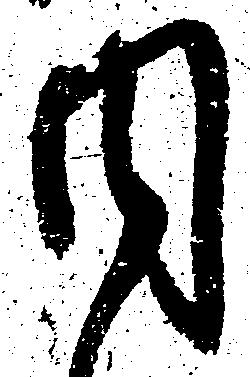
内